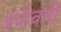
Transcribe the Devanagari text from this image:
अंबीवली